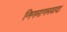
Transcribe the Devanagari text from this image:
निगमागमवादा